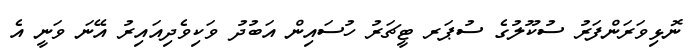
ނޮޅިވަރަންފަރު ސުކޫލުގެ ސުޕަރ ޓީޗަރު ހުސައިން އަބުދު ވަކިވެދިއައިރު އޭނަ ވަނީ އެ